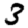
Digit: 3